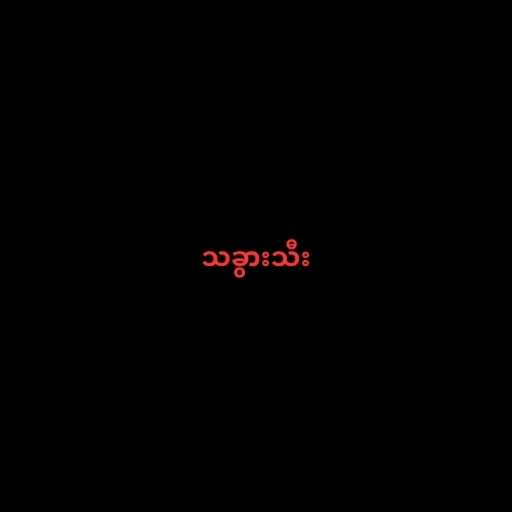
သခွားသီး